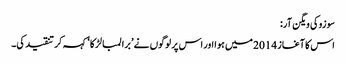
سوزوکی ویگن آر:
اس کا آغاز 2014 میں ہوا اور اس پر لوگوں نے ’برا لمبا لڑکا‘ کہہ کر تنقید کی۔